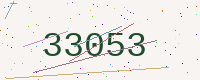
Text: 33053